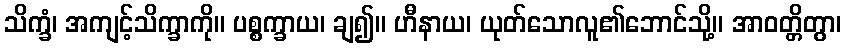
သိက္ခံ၊ အကျင့်သိက္ခာကို။ ပစ္စက္ခာယ၊ ချ၍။ ဟီနာယ၊ ယုတ်သောလူ၏ဘောင်သို့။ အာဝတ္တိတွာ၊